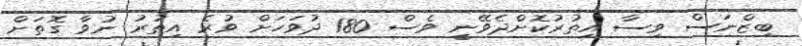
ބިޒްނަސް ވިސާ އިތުރުކޮށްދެވޭނީ ވެސް 180 ދުވަހަށް ވުރެ އިތުރު ނުވާ ގޮތަށް